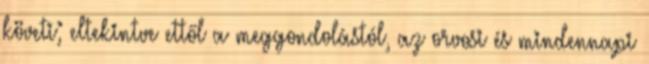
követi; eltekintve ettől a meggondolástól, az orvosi és mindennapi